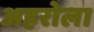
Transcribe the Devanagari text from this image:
अहरोला